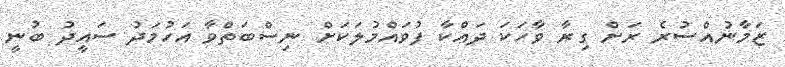
ޒަމާނުއްސުރެ ރަށް ގިރާ ވާހަކަ ދައްކާ ފުވައްމުލަކަށް ނިސްބަތްވާ އަހުމަދު ސައީދު ބުނީ